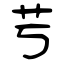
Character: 芌